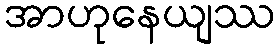
အာဟုနေယျဿ